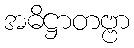
အဓိဋ္ဌာတဗ္ဗာ